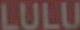
LULU